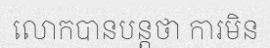
លោកបានបន្តថា ការមិន